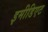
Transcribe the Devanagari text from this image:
इमीडिएट